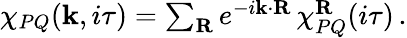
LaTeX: \begin{array}{r}{\chi_{PQ}(\mathbf{k},i\tau)=\sum_{\mathbf{R}}e^{-i\mathbf{k}\cdot\mathbf{R}}\, \chi_{PQ}^{\mathbf{R}}(i\tau)\, .}\end{array}